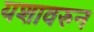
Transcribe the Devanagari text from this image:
यशावरुन